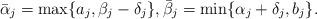
LaTeX: \begin{align*} \bar{\alpha}_{j} = \max\{a_j,\beta_{j}-\delta_{j}\}, \bar{\beta}_{j} = \min\{\alpha_{j}+\delta_{j},b_j\}. \end{align*}